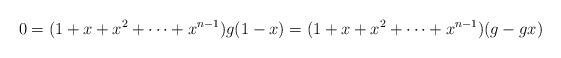
LaTeX: \begin{align*}0=(1+x+x^{2}+\cdots+x^{n-1})g(1-x)=(1+x+x^{2}+\cdots+x^{n-1})(g-gx)\end{align*}